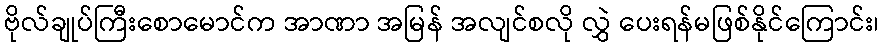
ဗိုလ်ချုပ်ကြီးစောမောင်က အာဏာ အမြန် အလျင်စလို လွှဲ ပေးရန်မဖြစ်နိုင်ကြောင်း၊